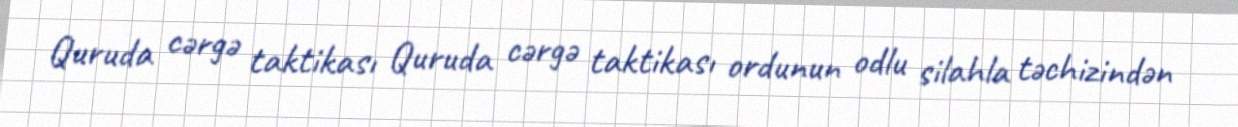
Quruda cərgə taktikası Quruda cərgə taktikası ordunun odlu silahla təchizindən